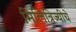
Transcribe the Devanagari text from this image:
मिलित्रिज्यीचे